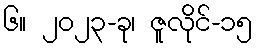
၆။ ၂၀၂၃-ခု၊ ဇူလိုင်-၁၅